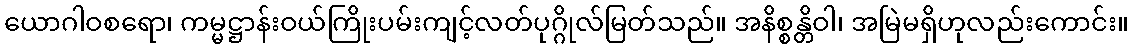
ယောဂါဝစရော၊ ကမ္မဋ္ဌာန်းဝယ်ကြိုးပမ်းကျင့်လတ်ပုဂ္ဂိုလ်မြတ်သည်။ အနိစ္စန္တိဝါ၊ အမြဲမရှိဟုလည်းကောင်း။